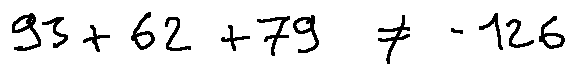
9 3 + 6 2 + 7 9 \neq - 1 2 6